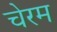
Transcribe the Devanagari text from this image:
चेरम